Vaccine operations Central Provinces & Berar 1912-1920 - 1912-1920
Year: 1912
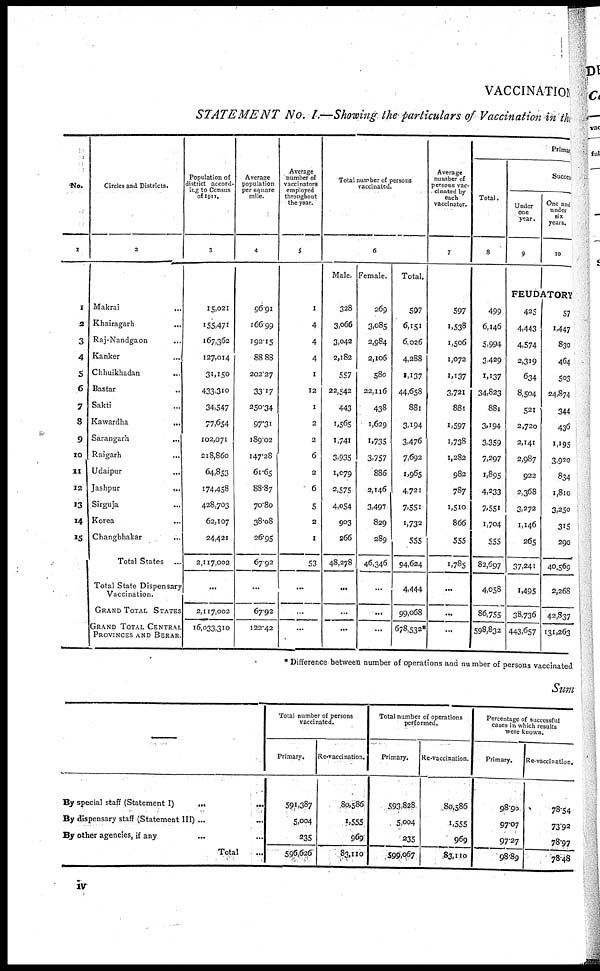
VACCINATION
STATEMENT
No. I.—Showing the particulars of Vaccination in the
No.
1
1
2
3
4
5
6
7
8
9
10
11
12
13
14
15
Circles and Districts.
2
Makrai
... ...
Khairagarh ...
Raj-Nandgaon ...
Kanker ...
Chhuikhadan
...
Bastar ...
Sakti ...
Kawardha
...
Sarangarh ...
Raigarh ...
Udaipur
...
Jashpur
...
Sirguja ...
Korea ...
Changbhakar ...
Total States
...
Total State Dispensary
Vaccination.
GRAND TOTAL STATES
GRAND TOTAL CENTRAL
PROVINCES AND BERAR.
Population of
district accord-
ing to Census
of 1911.
3
15,021
155,471
167,362
127,014
31,150
433,310
34,547
77,654
102,071
218,860
64,853
174,458
428,703
62,107
24,421
2,117,002
...
2,117,002
16,033,310
Average
population
per square
mile.
4
96.91
166.99
192.15
88.88
202.27
33.17
250.34
97.31
189.02
147.28
61.65
88.87
70.80
38.08
26.95
67.92
...
67.92
122.42
Average
number of
vaccinators
employed
throughout
the year.
5
1
4
4
4
1
12
1
2
2
6
2
6
5
2
1
53
...
...
...
Total number of persons
vaccinated.
6
Male.
328
3,066
3,042
2,182
557
22,542
443
1,565
1,741
3,935
1,079
2,575
4,054
903
266
48,278
...
...
...
Female.
269
3,085
2,984
2,106
580
22,116
438
1,629
1,735
3,757
886
2,146
3,497
829
289
46,346
...
...
...
Total.
597
6,151
6,026
4,288
1,137
44,658
881
3,194
3,476
7,692
1,965
4,721
7,551
1,732
555
94,624
4,444
99,068
678,532*
Average
number of
persons vac-
cinated by
each
vaccinator.
7
597
1,538
1,506
1,072
1,137
3,721
881
1,597
1,738
1,282
982
787
1,510
866
555
1,785
...
...
...
Primary
Total.
8
499
6,146
5,994
3,429
1,137
34,823
881
3,194
3,359
7,297
1,895
4,233
7,551
1,704
555
82,697
4,058
86,755
598,832
Success
Under
one
year.
9
One and
under
six
years.
10
FEUDATORY
425
4,443
4,574
2,319
634
8,504
521
2,720
2,141
2,987
922
2,368
3,272
1,146
265
37,241
1,495
38,736
443,657
57
1,447
830
464
503
24,874
344
436
1,195
3,920
834
1,810
3,250
315
290
40,569
2,268
42,837
131,263
* Difference between number of operations and number of persons vaccinated
Sum
By special staff (Statement I)
...
...
By dispensary staff (Statement III) ... ...
By other agencies, if any ...
Total ...
Total number of persons
vaccinated.
Primary.
591,387
5,004
235
596,626
Re-vaccination.
80,586
1,555
969
83,110
Total number of operations
performed.
Primary.
593,828
5,004
235
599,067
Re-vaccination.
80,586
1,555
969
83,110
Percentage of successful
cases in which results
were known.
Primary.
98.90
97.07
97.27
98.89
Re-vaccination.
78.54
73.92
78.97
78.48
iv